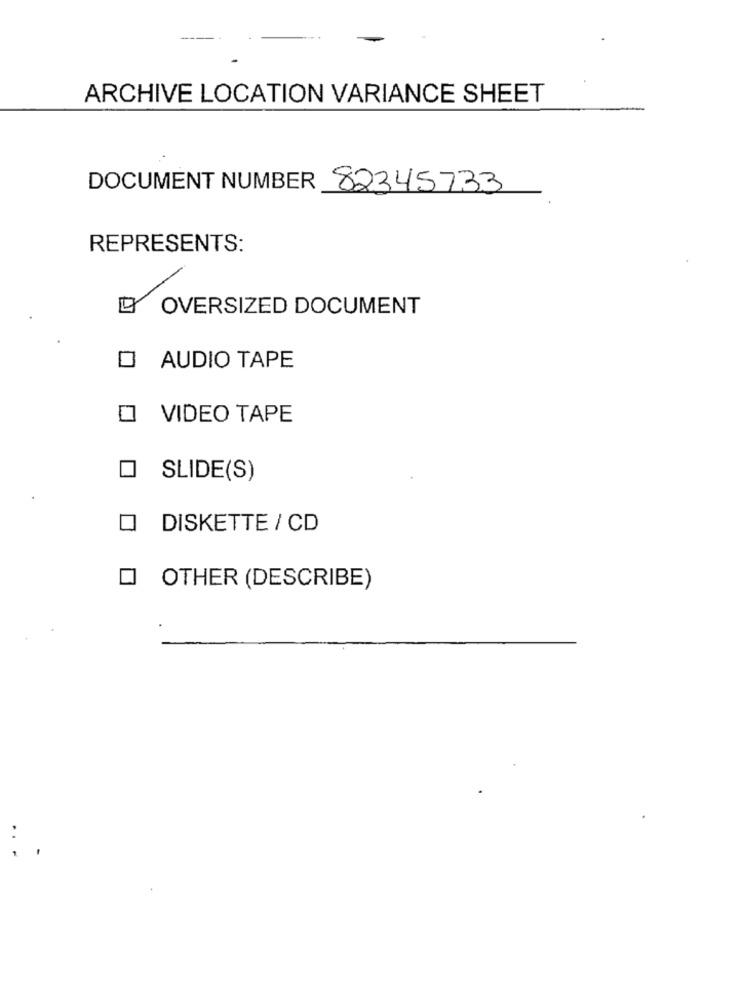
ARCHIVE LOCATION VARIANCE SHEET
DOCUMENT NUMBER
82345733
REPRESENTS:
OVERSIZED DOCUMENT
O AUDIO TAPE
O VIDEO TAPE
SLIDE(S)
DISKETTE / CD
O OTHER (DESCRIBE)
: